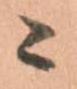
ニ